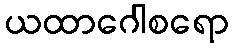
ယထာဂေါစရော